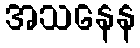
အသနေန